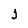
Character: J